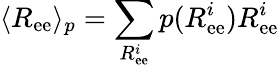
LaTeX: \langle R_{\mathrm{ee}}\rangle_{p}=\sum_{R_{\mathrm{ee}}^{i}}p(R_{\mathrm{ee}}^{i})R_{\mathrm{ee}}^{i}